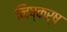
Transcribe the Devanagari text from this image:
निष्कर्ष